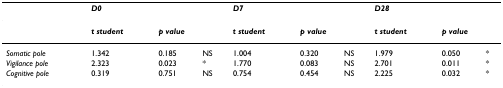
|  | D0 |  |  | D7 |  |  | D28 |  |  |
 | --- | --- | --- | --- | --- | --- | --- | --- | --- | --- |
 |  | t student | <COLSPAN=2> p value | t student | <COLSPAN=2> p value | t student | <COLSPAN=2> p value |
 | Somatic pole | 1.342 | 0.185 | NS | 1.004 | 0.320 | NS | 1.979 | 0.050 | * |
 | Vigilance pole | 2.323 | 0.023 | * | 1.770 | 0.083 | NS | 2.701 | 0.011 | * |
 | Cognitive pole | 0.319 | 0.751 | NS | 0.754 | 0.454 | NS | 2.225 | 0.032 | * |